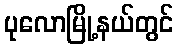
ပုလောမြို့နယ်တွင်